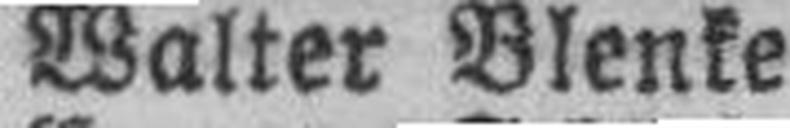
Walter Blenke